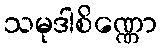
သမုဒါစိဏ္ဏော